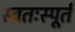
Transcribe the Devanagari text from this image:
स्वतःस्पूर्त